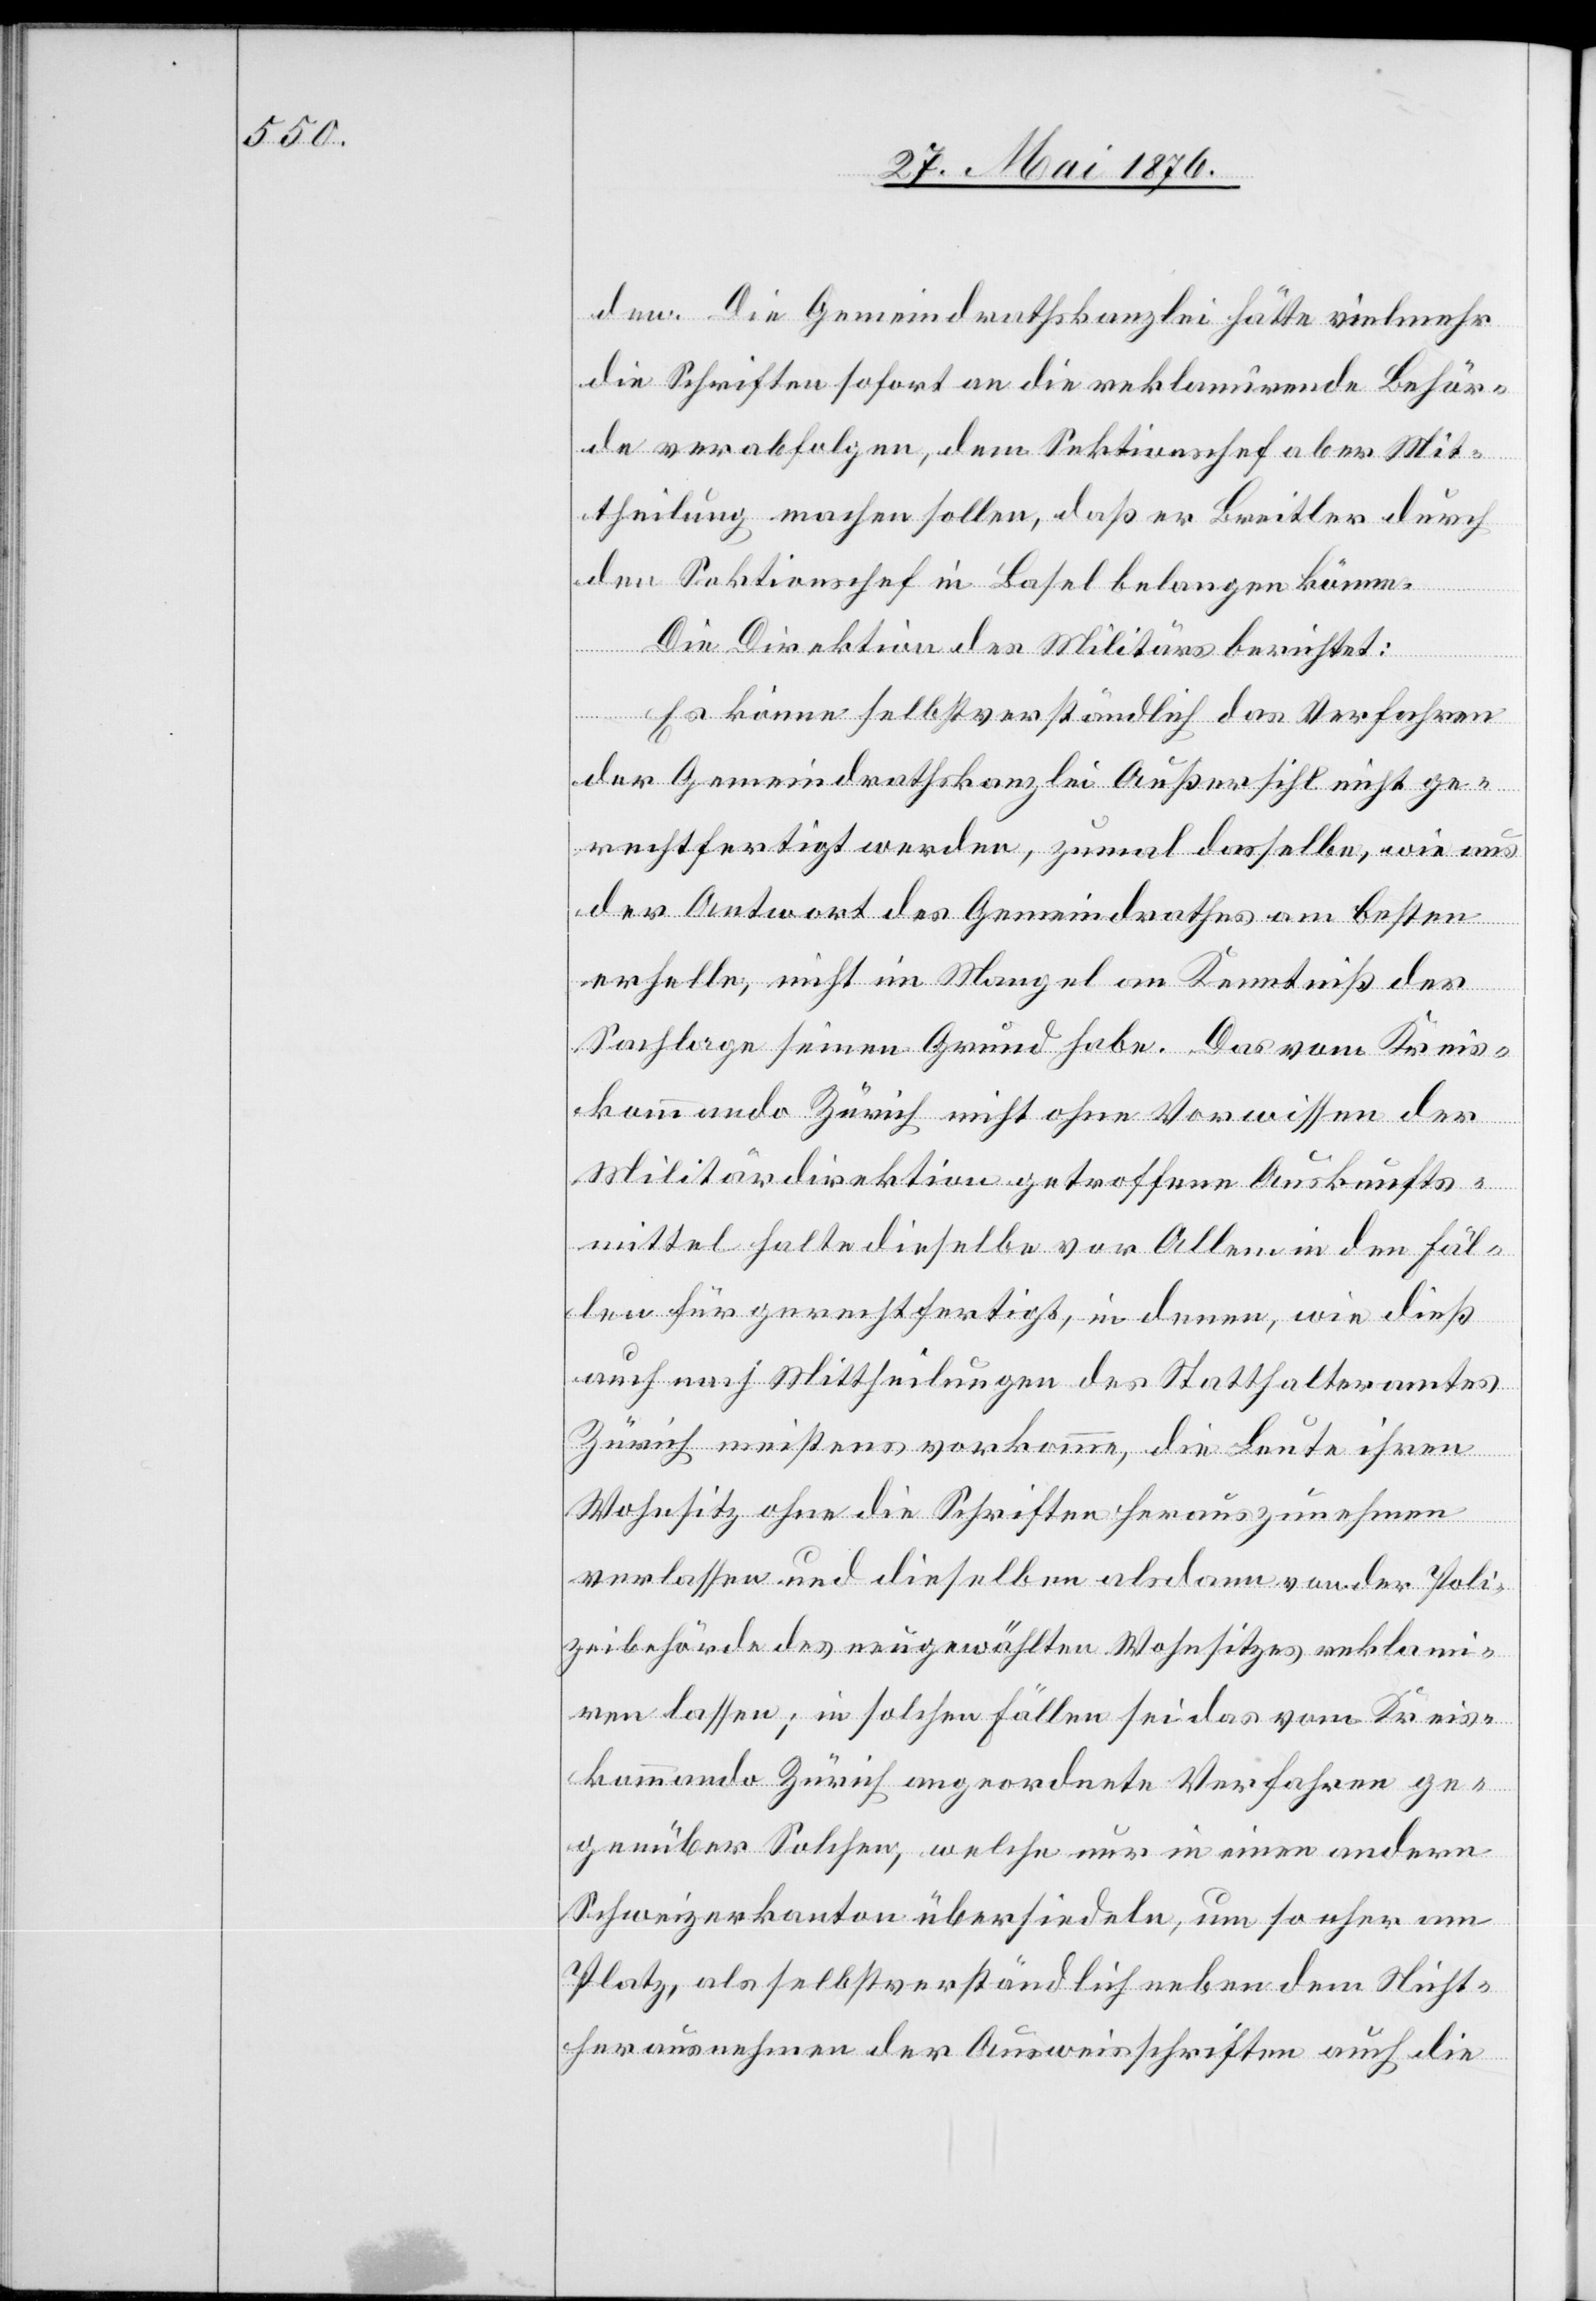
den. Die Gemeindrathskanzlei hätte vielmehr
die Schriften sofort an die reklamirende Behör¬
de verabfolgen, dem Sektionschef aber Mit¬
theilung machen sollen, daß er Breitler durch
den Sektionschef in Basel belangen könne.
Die Direktion des Militärs berichtet:
Es könne selbstverständlich das Verfahren
der Gemeindrathskanzlei Außersihl nicht ge¬
rechtfertigt werden, zumal dasselbe, wie aus
der Antwort des Gemeindrathes am besten
erhelle, nicht im Mangel an Kenntniß der
Sachlage seinen Grund haben. Das vom Kreis¬
kommando Zürich nicht ohne Vorwissen der
Militärdirektion getroffene Auskunfts¬
mittel halte diese vor Allem in den Fäl¬
len für gerechtfertigt, in denen, wie dieß
auch nach Mittheilungen des Statthalteramtes
Zürich meistens vorkomme, die Leute ihren
Wohnsitz ohne die Schriften herauszunehmen
verlassen und dieselben alsdann von der Poli¬
zeibehörde des neugewählten Wohnsitzes reklami¬
ren lassen; in solchen Fällen sei das vom Kreis¬
kommando Zürich angeordnete Verfahren ge¬
genüber Solchen, welche nur in einen andern
Schweizerkanton übersiedeln, um so eher am
Platz, als selbstverständlich neben dem Nicht¬
herausnehmen der Ausweisschriften auch die